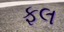
ફલ